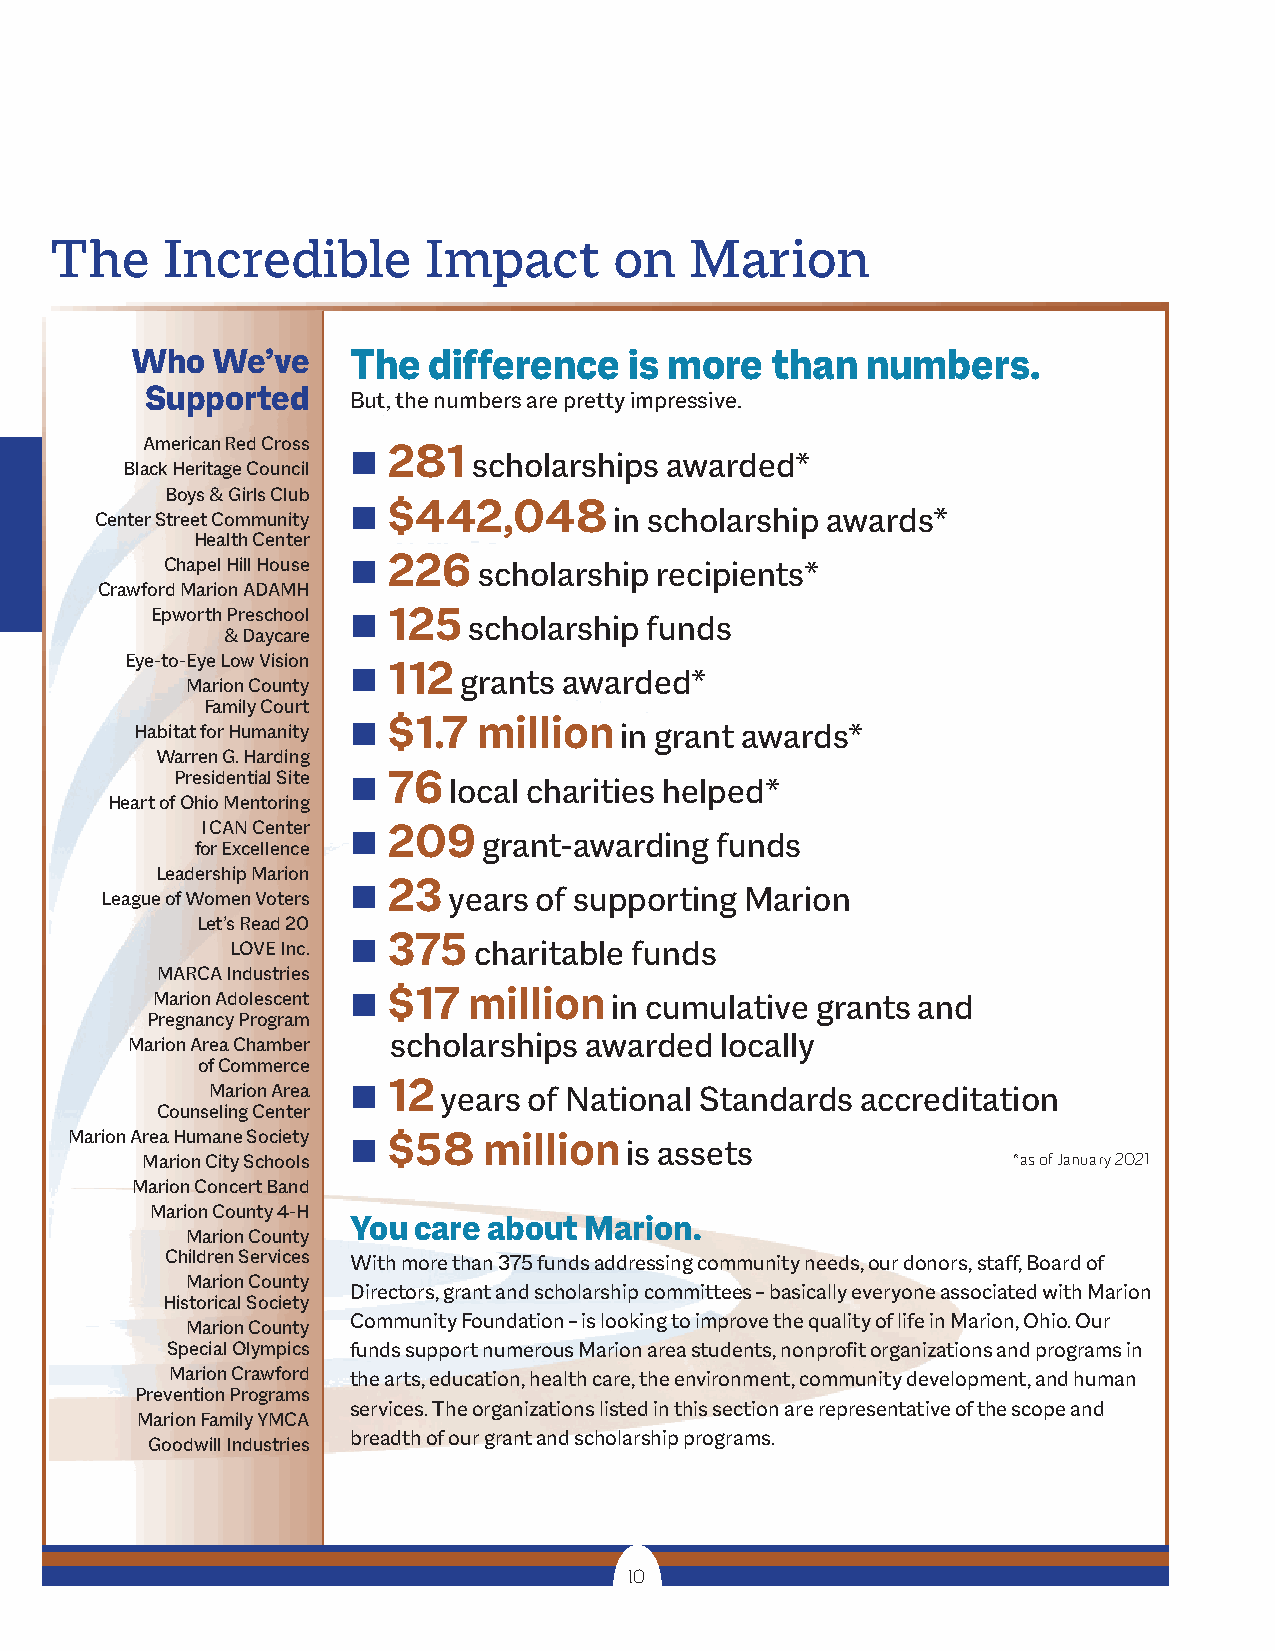
The     Incredible       Impact       on   Marion
 Who  We’ve    The  difference    is more  than  numbers.
 Supported
 But, the numbers are pretty impressive.
 American Red Cross 281
 n       scholarships awarded*
 Black Heritage Council
 Boys & Girls Club
 $442,048
 Center Street Community
 n                 in scholarship awards*
 Health Center
 226
 Chapel Hill House n  scholarship recipients*
 Crawford Marion ADAMH
 Epworth Preschool n 125 scholarship funds
 & Daycare
 Eye-to-Eye Low Vision 112
 n      grants awarded*
 Marion County
 Family Court
 $1.7  million
 Habitat for Humanity n          in grant awards*
 Warren G. Harding
 Presidential Site n 76 local charities helped*
 Heart of Ohio Mentoring
 I CAN Center 209
 n        grant-awarding funds
 for Excellence
 Leadership Marion
 23
 League of Women Voters
 n      years of supporting Marion
 Let’s Read 20
 375
 LOVE Inc. n     charitable funds
 MARCA Industries
 $17  million
 Marion Adolescent n            in cumulative grants and
 Pregnancy Program
 scholarships awarded  locally
 Marion Area Chamber
 of Commerce
 12
 Marion Area n  years of National Standards accreditation
 Counseling Center
 Marion Area Humane Society $58 million
 n                  is assets
 Marion City Schools                                       *as of January 2021
 Marion Concert Band
 Marion County 4-H
 You care about  Marion.
 Marion County
 Children Services With more than 375 funds addressing community needs, our donors, staff, Board of
 Marion County
 Directors, grant and scholarship committees – basically everyone associated with Marion
 Historical Society
 Community Foundation – is looking to improve the quality of life in Marion, Ohio. Our
 Marion County
 Special Olympics funds support numerous Marion area students, nonprofit organizations and programs in
 Marion Crawford the arts, education, health care, the environment, community development, and human
 Prevention Programs
 services. The organizations listed in this section are representative of the scope and
 Marion Family YMCA
 breadth of our grant and scholarship programs.
 Goodwill Industries
 10